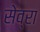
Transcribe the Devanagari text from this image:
सेव्रा